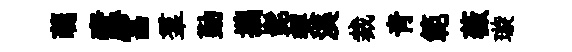
蘤蠧富羣勤攜髭契渼裁靑範薇璇